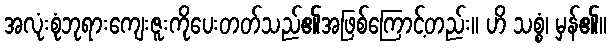
အလုံးစုံဘုရားကျေးဇူးကိုပေးတတ်သည်၏အဖြစ်ကြောင့်တည်း။ ဟိ သစ္စံ၊ မှန်၏။